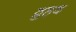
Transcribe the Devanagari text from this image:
व्रुहद